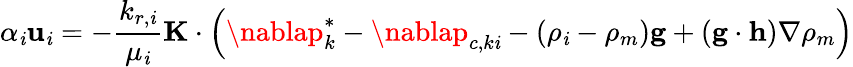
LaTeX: \alpha_{\mathit{i}}\mathbf{{u}}_{\mathit{i}}=-\frac{{k_{r,\mathit{i}}}}{{\mu_{\mathit{i}}}}\mathbf{{K}}\cdot\Big(\nablap_{k}^{*}-\nablap_{c,k\mathit{i}}-(\rho_{\mathit{i}}-\rho_{m})\mathbf{{g}}+(\mathbf{{g}}\cdot\mathbf{{h}})\nabla\rho_{m}\Big)